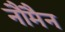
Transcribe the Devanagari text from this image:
नौमैन